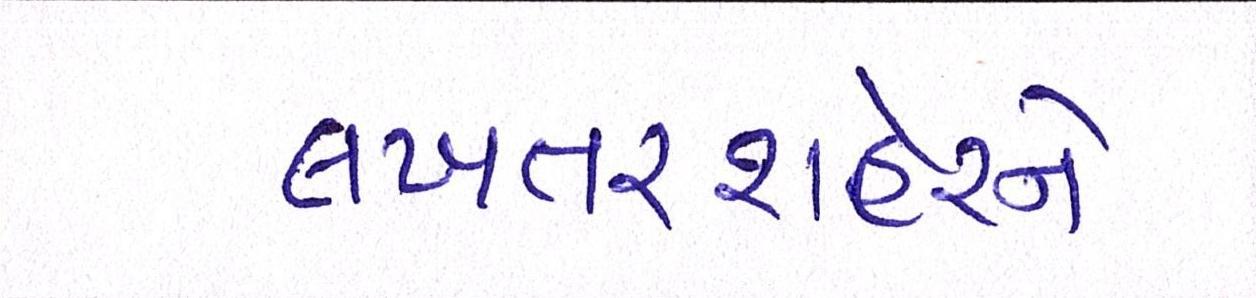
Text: લખતરશહેરને